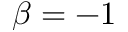
\beta = - 1